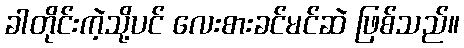
ခါတိုင်းကဲ့သို့ပင် လေးစားခင်မင်ဆဲ ဖြစ်သည်။